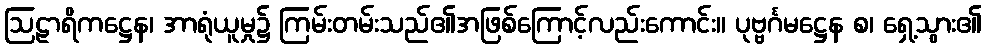
ဩဠာရိကဋ္ဌေန၊ အာရုံယူမှု၌ ကြမ်းတမ်းသည်၏အဖြစ်ကြောင့်လည်းကောင်း။ ပုဗ္ဗင်္ဂမဋ္ဌေန စ၊ ရှေ့သွား၏